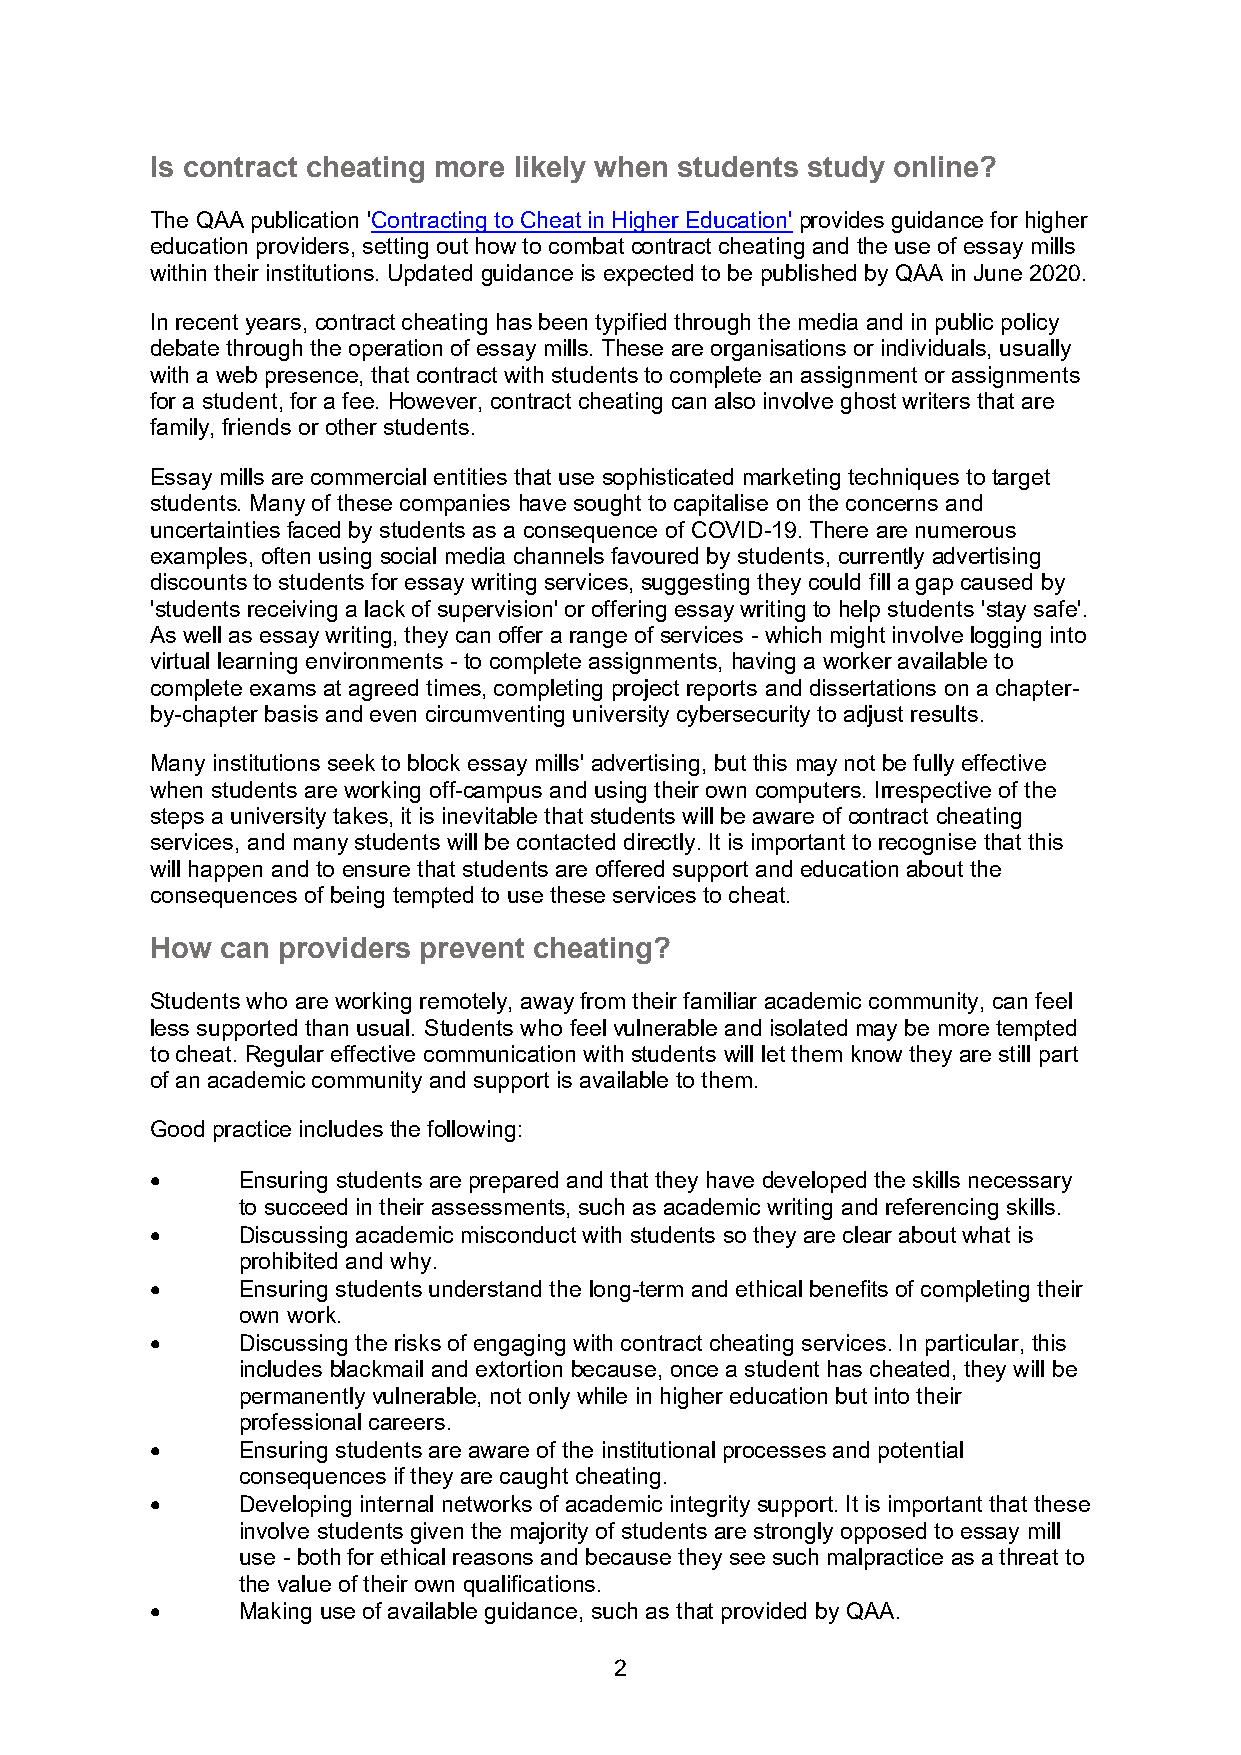
Is contract cheating more likely when students study online?
 The QAA publication 'Contracting to Cheat in Higher Education' provides guidance for higher
 education providers, setting out how to combat contract cheating and the use of essay mills
 within their institutions. Updated guidance is expected to be published by QAA in June 2020.
 In recent years, contract cheating has been typified through the media and in public policy
 debate through the operation of essay mills. These are organisations or individuals, usually
 with a web presence, that contract with students to complete an assignment or assignments
 for a student, for a fee. However, contract cheating can also involve ghost writers that are
 family, friends or other students.
 Essay mills are commercial entities that use sophisticated marketing techniques to target
 students. Many of these companies have sought to capitalise on the concerns and
 uncertainties faced by students as a consequence of COVID-19. There are numerous
 examples, often using social media channels favoured by students, currently advertising
 discounts to students for essay writing services, suggesting they could fill a gap caused by
 'students receiving a lack of supervision' or offering essay writing to help students 'stay safe'.
 As well as essay writing, they can offer a range of services - which might involve logging into
 virtual learning environments - to complete assignments, having a worker available to
 complete exams at agreed times, completing project reports and dissertations on a chapter-
 by-chapter basis and even circumventing university cybersecurity to adjust results.
 Many institutions seek to block essay mills' advertising, but this may not be fully effective
 when students are working off-campus and using their own computers. Irrespective of the
 steps a university takes, it is inevitable that students will be aware of contract cheating
 services, and many students will be contacted directly. It is important to recognise that this
 will happen and to ensure that students are offered support and education about the
 consequences of being tempted to use these services to cheat.
 How  can providers prevent cheating?
 Students who are working remotely, away from their familiar academic community, can feel
 less supported than usual. Students who feel vulnerable and isolated may be more tempted
 to cheat. Regular effective communication with students will let them know they are still part
 of an academic community and support is available to them.
 Good practice includes the following:
 •     Ensuring students are prepared and that they have developed the skills necessary
 to succeed in their assessments, such as academic writing and referencing skills.
 •     Discussing academic misconduct with students so they are clear about what is
 prohibited and why.
 •     Ensuring students understand the long-term and ethical benefits of completing their
 own work.
 •     Discussing the risks of engaging with contract cheating services. In particular, this
 includes blackmail and extortion because, once a student has cheated, they will be
 permanently vulnerable, not only while in higher education but into their
 professional careers.
 •     Ensuring students are aware of the institutional processes and potential
 consequences if they are caught cheating.
 •     Developing internal networks of academic integrity support. It is important that these
 involve students given the majority of students are strongly opposed to essay mill
 use - both for ethical reasons and because they see such malpractice as a threat to
 the value of their own qualifications.
 •     Making use of available guidance, such as that provided by QAA.
 2